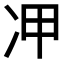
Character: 𠖹